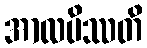
အာလပိဿတိ